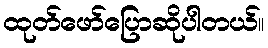
ထုတ်ဖော်ပြောဆိုပါတယ်။